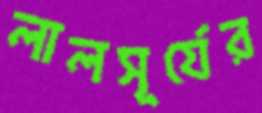
লালসূর্যের